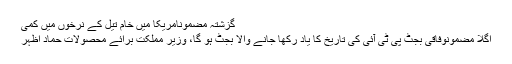
گزشتہ مضمونامریکا میں خام تیل کے نرخوں میں کمی
اگلا مضمونوفاقی بجٹ پی ٹی آئی کی تاریخ کا یاد رکھا جانے والا بجٹ ہو گا، وزیر مملکت برائے محصولات حماد اظہر